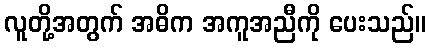
လူတို့အတွက် အဓိက အကူအညီကို ပေးသည်။